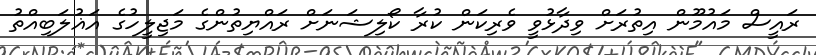
ރައީސް މައުމޫން އިތުރަށް ވިދާޅުވީ ވެރިކަން ކުރާ ކޯލިޝަނަށް ރައްޔިތުންގެ މަޖިލީހުގެ އަޣުލަބިއްތު